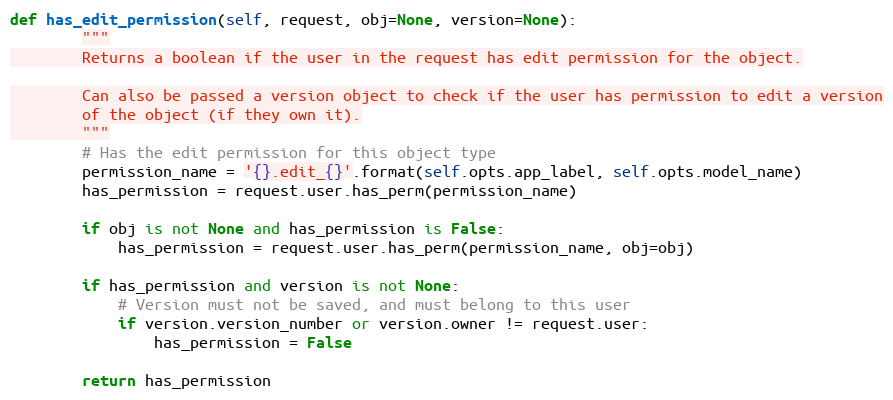
Language: Python
def has_edit_permission(self, request, obj=None, version=None):
        """
        Returns a boolean if the user in the request has edit permission for the object.

        Can also be passed a version object to check if the user has permission to edit a version
        of the object (if they own it).
        """
        # Has the edit permission for this object type
        permission_name = '{}.edit_{}'.format(self.opts.app_label, self.opts.model_name)
        has_permission = request.user.has_perm(permission_name)

        if obj is not None and has_permission is False:
            has_permission = request.user.has_perm(permission_name, obj=obj)

        if has_permission and version is not None:
            # Version must not be saved, and must belong to this user
            if version.version_number or version.owner != request.user:
                has_permission = False

        return has_permission